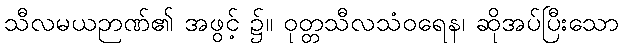
သီလမယဉာဏ်၏ အဖွင့် ၌။ ဝုတ္တသီလသံဝရေန၊ ဆိုအပ်ပြီးသော